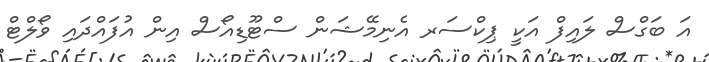
އަ ބަގްސް ލައިފް އަކީ ޕިކްސަރ އެނިމޭޝަން ސްޓޫޑިއޯސް އިން އުފައްދައި ވޯލްޓް